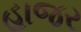
હાજર